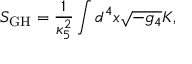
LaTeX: S _ { \mathrm { G H } } = \frac { 1 } { \kappa _ { 5 } ^ { 2 } } \int d ^ { 4 } x \sqrt { - g _ { 4 } } K ,